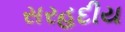
સરહદીય